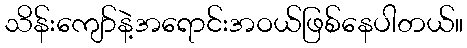
သိန်းကျော်နဲ့အရောင်းအဝယ်ဖြစ်နေပါတယ်။